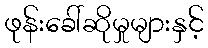
ဖုန်းခေါ်ဆိုမှုများနှင့်